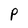
Character: p